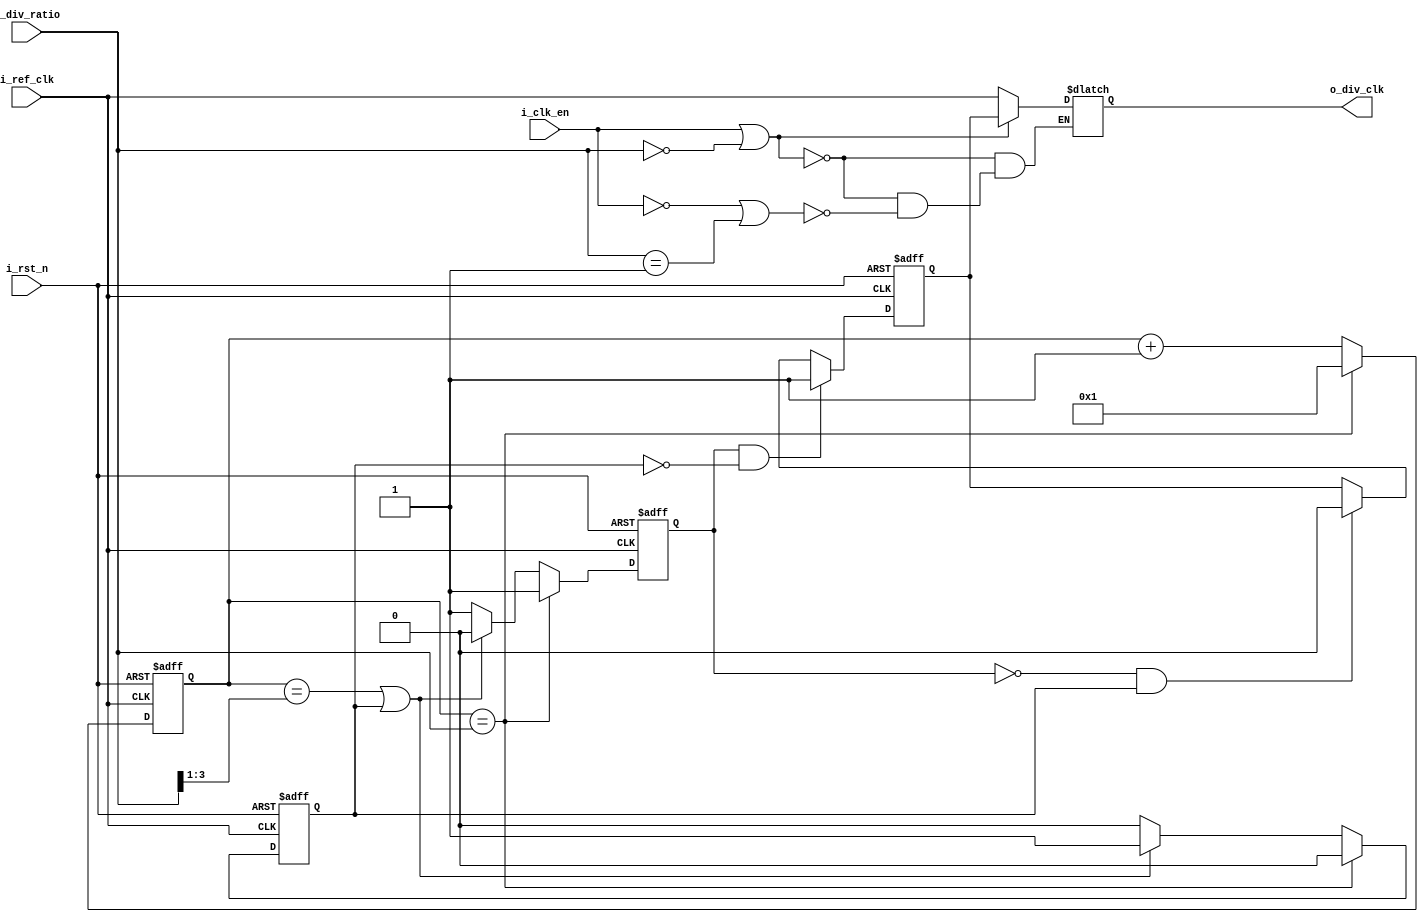
module clkdiv #(parameter Width =4 ) 
(
    input    wire                    i_ref_clk,
    input    wire                    i_rst_n,    
    input    wire                    i_clk_en,
    input    wire   [Width-1:0]      i_div_ratio,

    output   reg                     o_div_clk
);

// internal wires 
 reg    [Width-1:0] count ; 
 reg                h_flag,l_flag ;
 reg                o_div_clk_s;

//combinational block to choise between o/p

always @(*)
 begin
   if (i_clk_en==1 || !i_div_ratio=='b1)
    begin
      o_div_clk = o_div_clk_s  ;
    end   
   else if (i_clk_en==0 || i_div_ratio=='b1) 
    begin
    o_div_clk = i_ref_clk ;
    end
 end

// main block clock divider 
always @(posedge i_ref_clk or negedge i_rst_n )
 begin
    if (!i_rst_n)

        begin
         o_div_clk_s <= 0;  
        end

    else if (h_flag && !l_flag)
        begin
         o_div_clk_s <= 1'b1 ;   
        end
    else if (!h_flag && l_flag)
        begin
          o_div_clk_s <= 1'b0 ;
        end



   

    
 end

// counter and flags signals block 
 always @(negedge i_ref_clk or negedge i_rst_n )
  begin
  if (!i_rst_n )
   begin
      count  <= 1'b0 ;
      h_flag <= 1'b0 ;
      l_flag <= 1'b0 ;
   end


  else if (count == i_div_ratio)
  begin
      count  <= 1'b1 ;
      h_flag <= 1'b1 ;
      l_flag <= 1'b0 ;
  end

  else if ((count== i_div_ratio >>1) || l_flag) 
  begin
      h_flag <= 1'b0 ;
      l_flag <= 1'b1 ;  
      count  <= count +1'b1;
   end

  else 
  begin
     h_flag <= 1'b1 ;
     l_flag <= 1'b0 ;
     count  <= count +1'b1;
  end
  end




endmodule